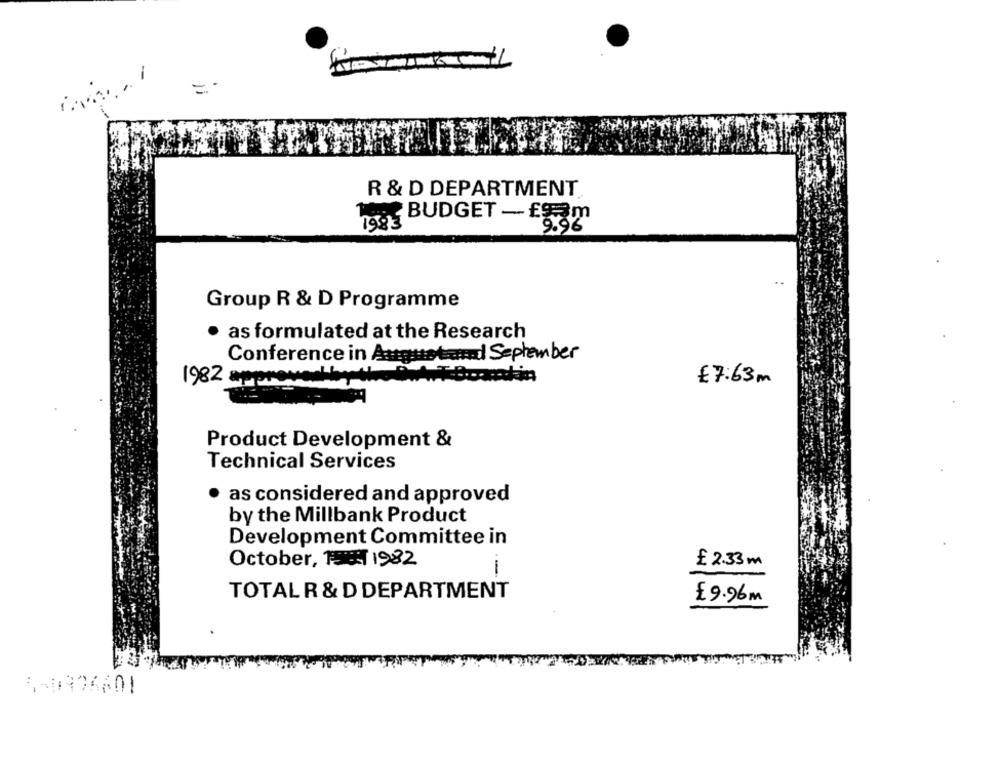
=
R & D DEPARTMENT
1 BUDGET - £9m
1983
9.9%
Group R & D Programme
as formulated at the Research
Conference in Augustand September
1982 approved byt. D.A.TBoxakin
€ 7:63m
Product Development &
Technical Services
as considered and approved
by the Millbank Product
Development Committee in
October, 1 1982
£ 2.33m
1
TOTAL R & D DEPARTMENT
£9.96m
1-0926601